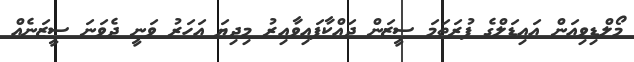
މޯލްޑިވިއަން އައިޑަލްގެ ފުރަތަމަ ސީޒަން ދައްކާފައިވާއިރު މިދިޔަ އަހަރު ވަނީ ދެވަނަ ސީޒަނެއް